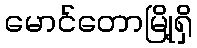
မောင်တောမြို့ရှိ